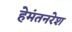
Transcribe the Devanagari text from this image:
हेमंतनरेश